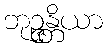
ဘုဉ္ဇန္တိယာ